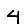
Digit: 4